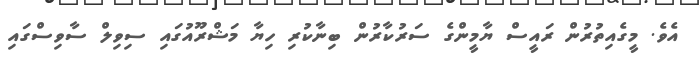
އެވެ. މީގެއިތުރުން ރައީސް ޔާމީންގެ ސަރުކާރުން ބިނާކުރި ހިޔާ މަޝްރޫއުގައި ސިވިލް ސާވިސްގައި